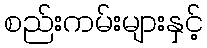
စည်းကမ်းများနှင့်